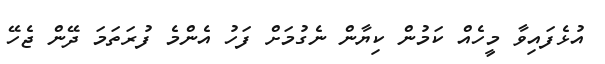
އުޅެފައިވާ މީހެއް ކަމުން ކިޔާން ނެގުމަށް ފަހު އެންމެ ފުރަތަމަ ދޭން ޖެހޭ